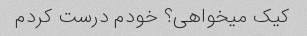
کیک میخواهی؟ خودم درست کردم